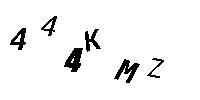
444KMZ